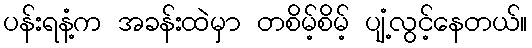
ပန်းရနံ့က အခန်းထဲမှာ တစိမ့်စိမ့် ပျံ့လွင့်နေတယ်။